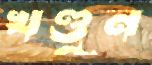
খণ্ডুন